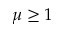
\mu \geq 1